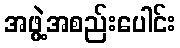
အဖွဲ့အစည်းပေါင်း